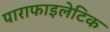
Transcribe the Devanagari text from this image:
पाराफाइलेटिक